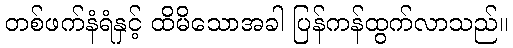
တစ်ဖက်နံရံနှင့် ထိမိသောအခါ ပြန်ကန်ထွက်လာသည်။